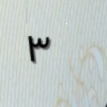
٣